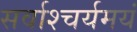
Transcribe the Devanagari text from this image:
सर्वाश्चर्यमयं